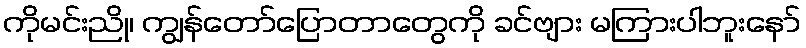
ကိုမင်းညို၊ ကျွန်တော်ပြောတာတွေကို ခင်ဗျား မကြားပါဘူးနော်